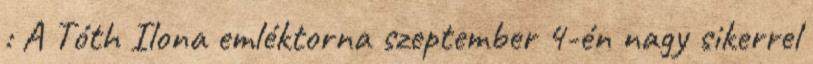
: A Tóth Ilona emléktorna szeptember 4-én nagy sikerrel